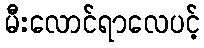
မီးလောင်ရာလေပင့်